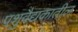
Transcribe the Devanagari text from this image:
पशुवैद्यकातील